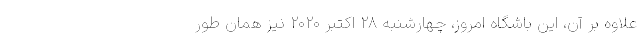
علاوه بر آن، این باشگاه امروز، چهارشنبه ۲۸ اکتبر ۲۰۲۰ نیز همان‌ طور